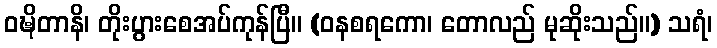
ဝဍ္ဎိတာနိ၊ တိုးပွားစေအပ်ကုန်ပြီ။ (ဝနစရကော၊ တောလည် မုဆိုးသည်။) သရံ၊